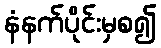
နံနက်ပိုင်းမှစ၍